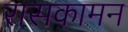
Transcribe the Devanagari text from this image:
रासकामन